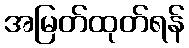
အမြတ်ထုတ်ရန်